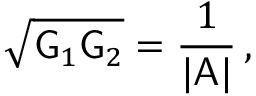
\sqrt { \mathsf { G } _ { 1 } \mathsf { G } _ { 2 } } = \frac { 1 } { | \mathsf { A } | } \, ,